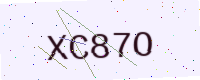
Text: XC87O